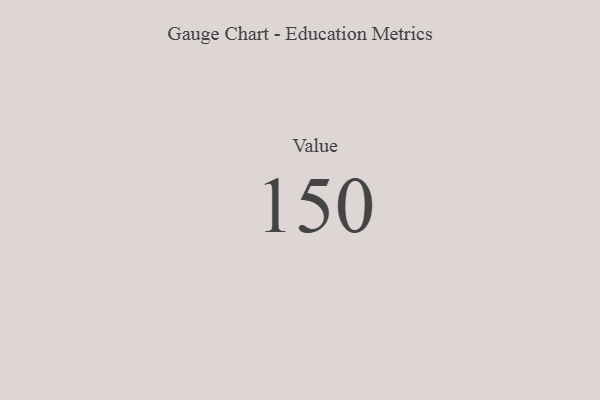
{"axis": {"x": "Metric", "y": "Value"}, "legend": [""], "data": [{"x": "Value", "y": 150, "type": ""}]}